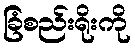
ခြံစည်းရိုးကို